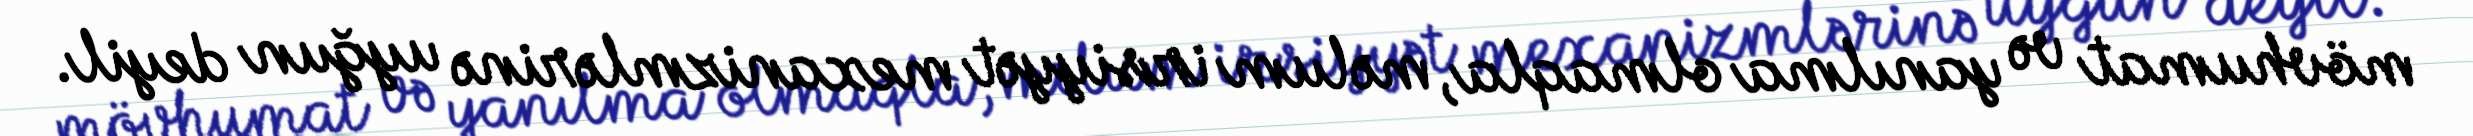
mövhumat və yanılma olmaqla, məlum irsiyyət mexanizmlərinə uyğun deyil.